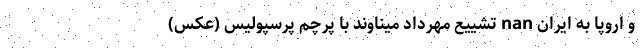
و اروپا به ایران nan تشییع مهرداد میناوند با پرچم پرسپولیس (عکس)